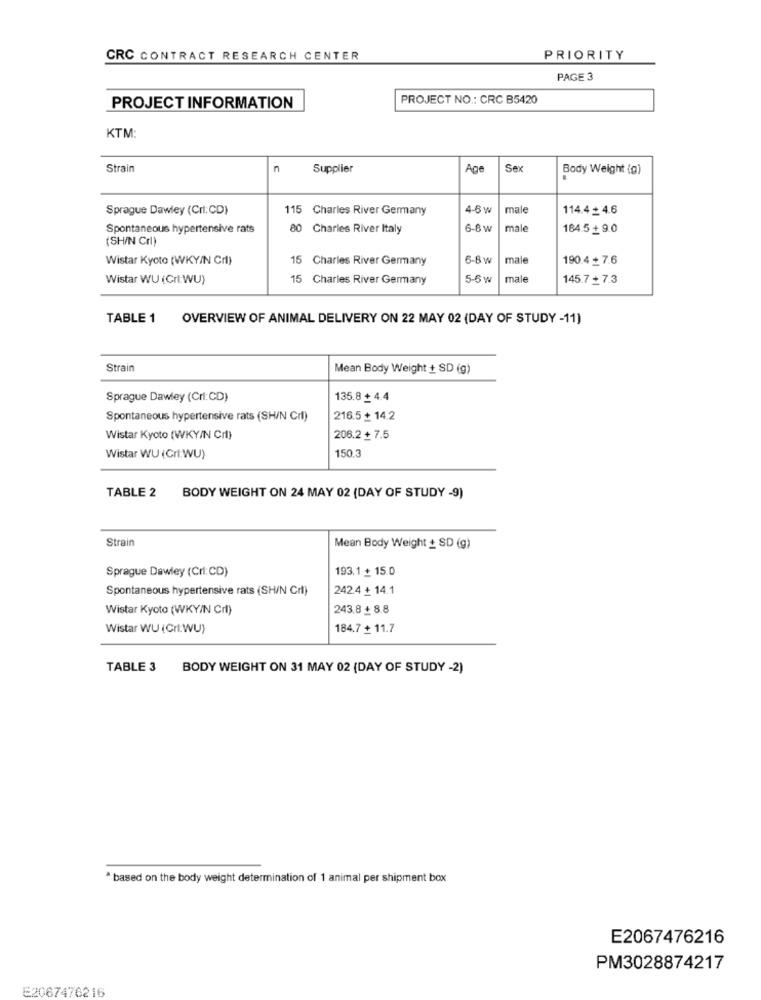
CRC CONTRACT RESEARCH CENTER
PRIORITY
PAGE 3
PROJECT NO .: CRC B5420
PROJECT INFORMATION
KTM:
Strain
n
Supplier
Age
Sex
Body Weight (g)
Sprague Dawley (Crl:CD)
115 Charles River Germany
4-6 w
male
114.4 + 4.6
Spontaneous hypertensive rats
80 Charles River Italy
6-8 w
male
184.5 + 9.0
(SH/N Crl)
Wistar Kyoto (WKY/N Crl)
15 Charles River Germany
6-8 w
male
190.4 + 7.6
Wistar WU (Crt:WU)
15 Charles River Germany
5-6 w
male
145.7 + 7.3
TABLE 1 OVERVIEW OF ANIMAL DELIVERY ON 22 MAY 02 (DAY OF STUDY -11)
Strain
Mean Body Weight + SD (g)
Sprague Dawley (Crl:CD)
135.8 4.4
Spontaneous hypertensive rats (SH/N Crl)
216.5 + 14.2
Wistar Kyoto (WKY/N Crt)
206.2 + 7.5
150.3
Wistar WU (Crl:WU)
TABLE 2 BODY WEIGHT ON 24 MAY 02 (DAY OF STUDY -9)
Strain
Mean Body Weight + SD (g)
Sprague Dawley (Crl:CD)
193.1 + 15.0
Spontaneous hypertensive rats (SH/N Cr1)
242.4 + 14.1
Wistar Kyoto (WKY/N Crl)
243.8 + 8.8
Wistar WU (Crt:WU)
184.7 + 11.7
TABLE 3 BODY WEIGHT ON 31 MAY 02 (DAY OF STUDY -2)
* based on the body weight determination of 1 animal per shipment box
E2067476216
PM3028874217
E2067476216